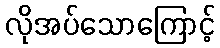
လိုအပ်သောကြောင့်